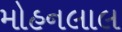
મોહનલાલ